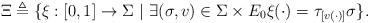
LaTeX: \begin{align*}\Xi \triangleq \{\xi: [0, 1] \rightarrow \Sigma~|~\exists (\sigma, v) \in \Sigma \times E_0 \xi(\cdot) = \tau_{[v(\cdot)]}\sigma\}. \end{align*}